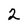
Character: 2